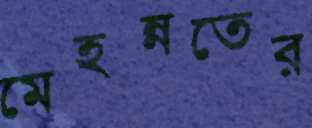
মেহন্নতের